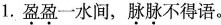
1.\underset{·}{盈}\underset{·}{盈}一水间，\underset{·}{脉}\underset{·}{脉}不得语。